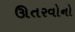
ઊતરવોનો